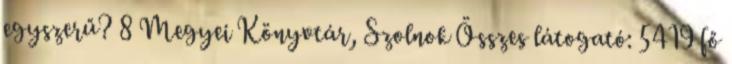
egyszerű? 8 Megyei Könyvtár, Szolnok Összes látogató: 5419 fő